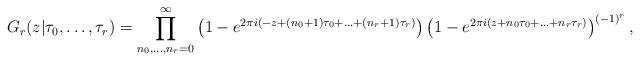
LaTeX: \begin{align*}G_r ( z | \tau_0, \ldots, \tau_r) = \prod_{n_0,\ldots,n_r = 0}^{\infty} \left (1-e^{2\pi i (- z + (n_0+1)\tau_0 + \ldots +(n_r+1)\tau_r ) } \right ) \left ( 1 - e^{2\pi i (z+n_0\tau_0 + \ldots + n_r \tau_r ) } \right )^{(-1)^r }, \end{align*}